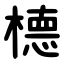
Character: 㯖